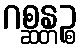
ဂစ္ဆန္တဉ္စ